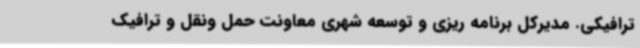
ترافیکی. مدیرکل برنامه ریزی و توسعه شهری معاونت حمل ونقل و ترافیک